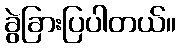
ခွဲခြားပြပါတယ်။